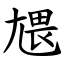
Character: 㞇